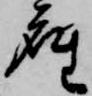
座